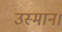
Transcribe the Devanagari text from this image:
उस्मान।